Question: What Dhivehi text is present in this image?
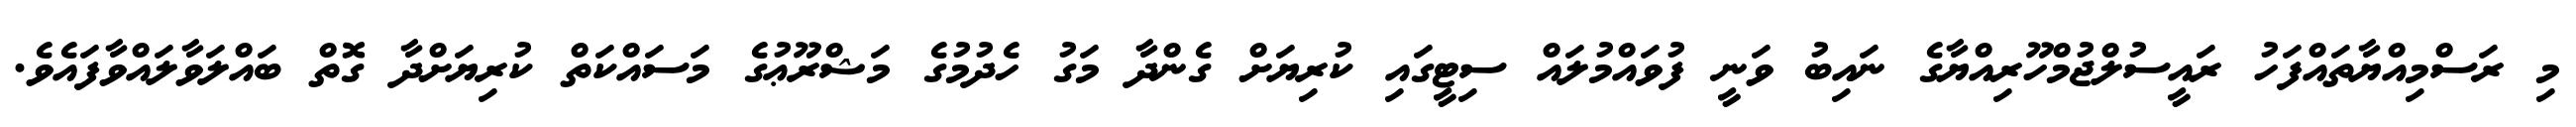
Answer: މި ރަސްމިއްޔާތައްފަހު ރައީސުލްޖުމްހޫރިއްޔާގެ ނައިބު ވަނީ ފުވައްމުލައް ސިޓީގައި ކުރިޔަށް ގެންދާ މަގު ހެދުމުގެ މަޝްރޫޢުގެ މަސައްކަތް ކުރިޔަށްދާ ގޮތް ބައްލަވާލައްވާފައެވެ.